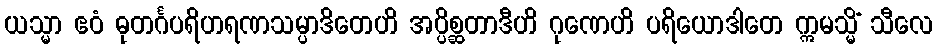
ယသ္မာ ဧဝံ ဓုတင်္ဂပရိဟရဏသမ္ပာဒိတေဟိ အပ္ပိစ္ဆတာဒီဟိ ဂုဏေဟိ ပရိယောဒါတေ ဣမသ္မိံ သီလေ